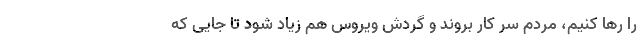
را رها کنیم، مردم سر کار بروند و گردش ویروس هم زیاد شود تا جایی که